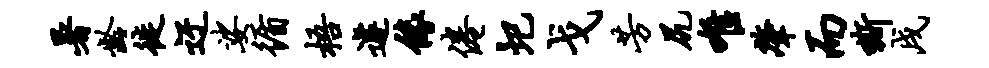
暑龄徙迂娑循梧遽缘倦圯戈芳尻唯肇而嘶戌